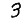
Digit: 3